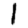
Digit: 1